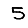
Digit: 5